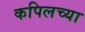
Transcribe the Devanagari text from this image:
कपिलच्या